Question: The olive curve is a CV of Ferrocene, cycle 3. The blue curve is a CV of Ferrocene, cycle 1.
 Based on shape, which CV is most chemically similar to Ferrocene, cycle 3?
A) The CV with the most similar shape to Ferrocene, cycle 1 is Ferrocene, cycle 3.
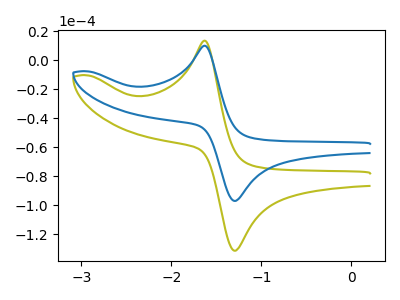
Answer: <think>The olive curve "Ferrocene, cycle 3" has an anodic peak at (-1.65V, 13.40uA) and a cathodic peak at (-1.30V, -131.35uA). The blue curve "Ferrocene, cycle 1" has an anodic peak at (-1.65V, 9.90uA) and a cathodic peak at (-1.30V, -97.05uA).
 All the peaks in "Ferrocene, cycle 3" have a peak in "Ferrocene, cycle 1" at the same potential. Every peak in "Ferrocene, cycle 3" is higher than every peak in "Ferrocene, cycle 1".</think>
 <answer>A) The CV with the most similar shape to "Ferrocene, cycle 1" is "Ferrocene, cycle 3".</answer>
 <eval>A</eval>